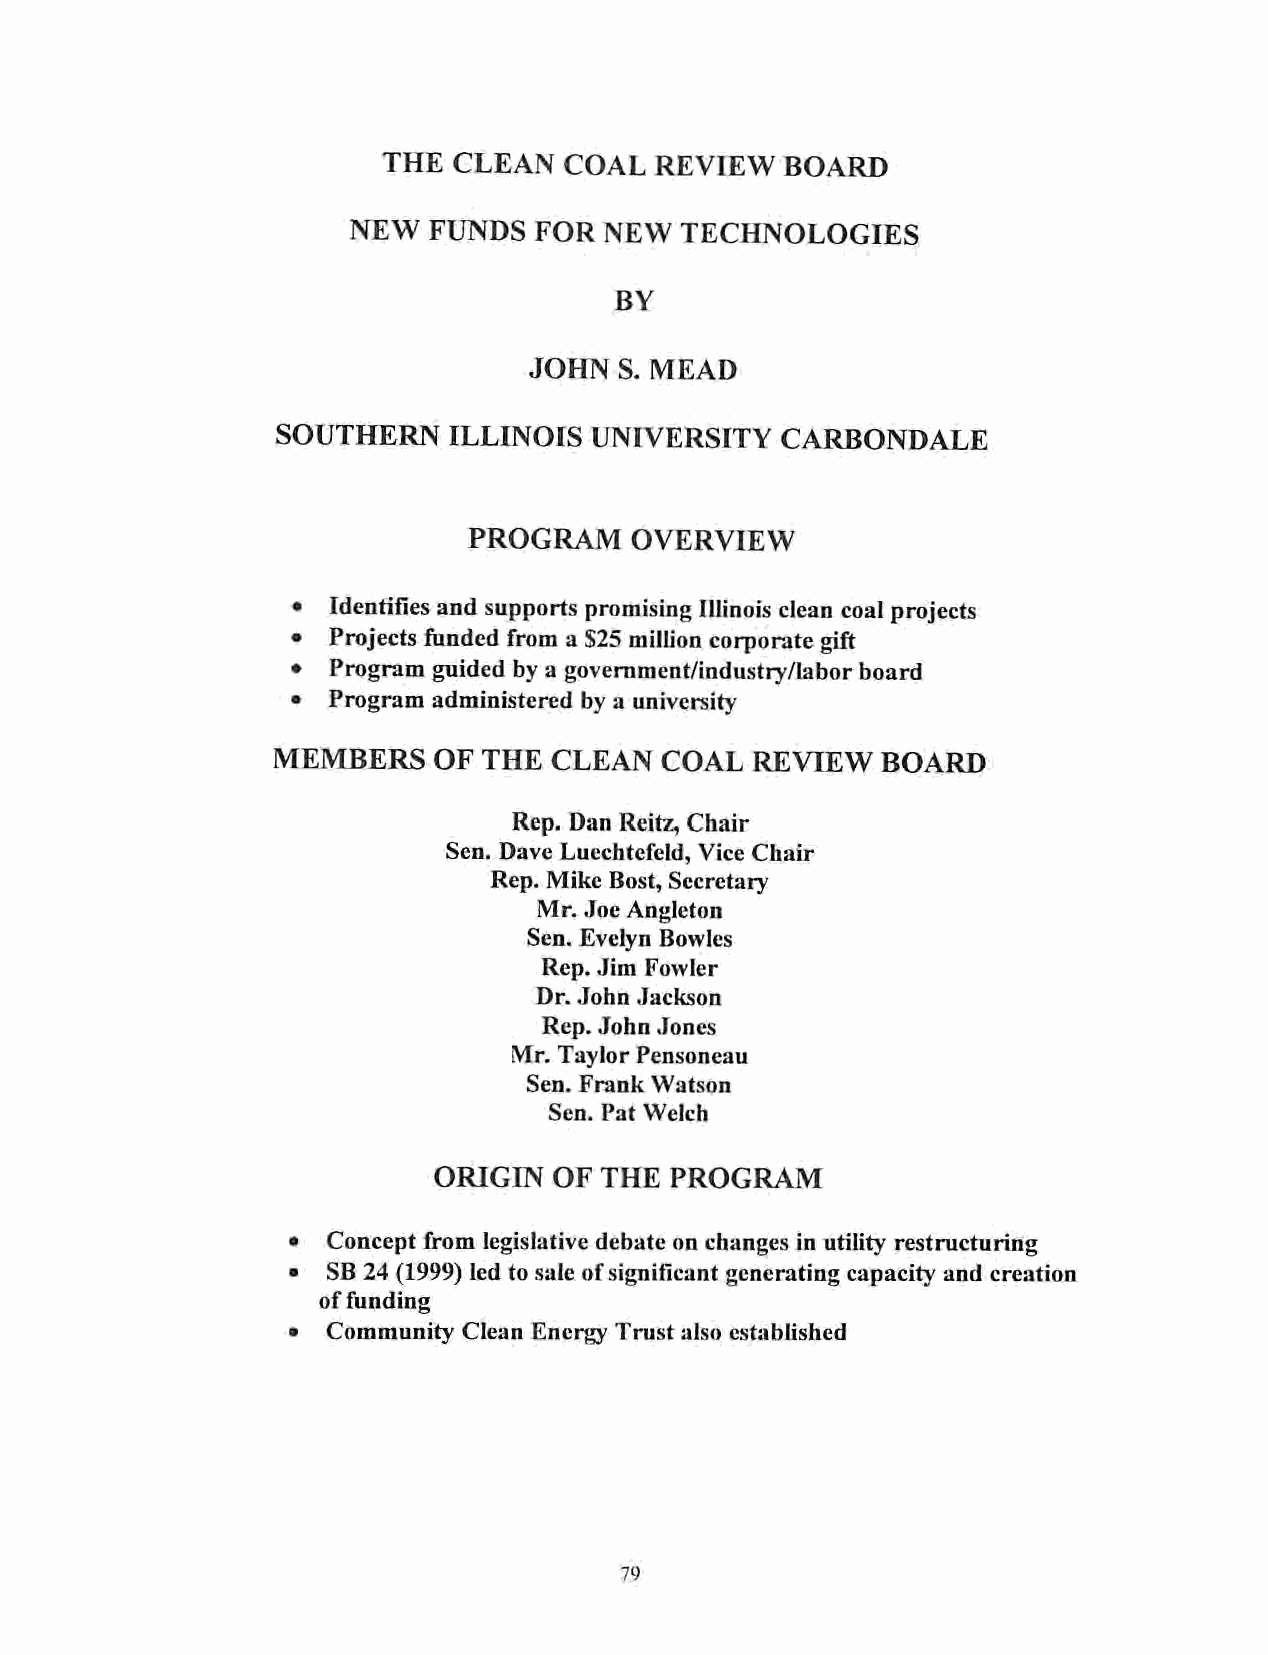
THE  CLEAN  COAL  REVIEW   BOARD
 NEW  FUNDS  FOR  NEW  TECHNOLOGIES
 BY
 JOHN  S. MEAD
 SOUTHERN    ILLINOIS UNIVERSITY   CARBONDALE
 PROGRAM    OVERVIEW
 •  Identifiesand supports promisingIllinois cleancoalprojects
 •  Projects funded from aS25 million corporate gift
 •  Program guided bya government/industry/labor board
 •  Program administered by a university
 MEMBERS    OF THE CLEAN   COAL  REVIEW  BOARD
 Rep. Dan Reitz, Chair
 Sen. Dave Lucchtefcld, Vice Chair
 Rep. Mike Bost,Secretary
 Mr. Joe Angleton
 Sen. Evelyn Bowles
 Rep. Jim Fowler
 Dr. John Jackson
 Rep. John Jones
 Mr. Taylor Pensoncau
 Sen. Frank Watson
 Sen. Pat Welch
 ORIGIN  OF THE PROGRAM
 •  Concept from legislative debate on changes in utility restructuring
 •  SB 24 (1999) led to sale ofsignificant generating capacity and creation
 offunding
 •  Community Clean Energy Trust also established
 79